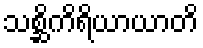
သစ္ဆိကိရိယာယာတိ